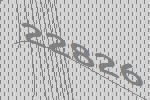
22826